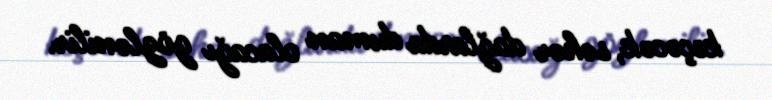
keçəcək, səhər dağlarda duman olacağı gözlənilir.